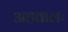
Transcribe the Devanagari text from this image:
अहवालः